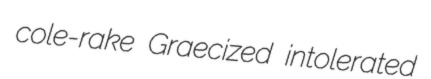
cole-rake Graecized intolerated